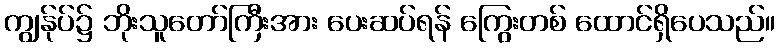
ကျွန်ုပ်၌ ဘိုးသူတော်ကြီးအား ပေးဆပ်ရန် ကြွေးတစ် ထောင်ရှိပေသည်။